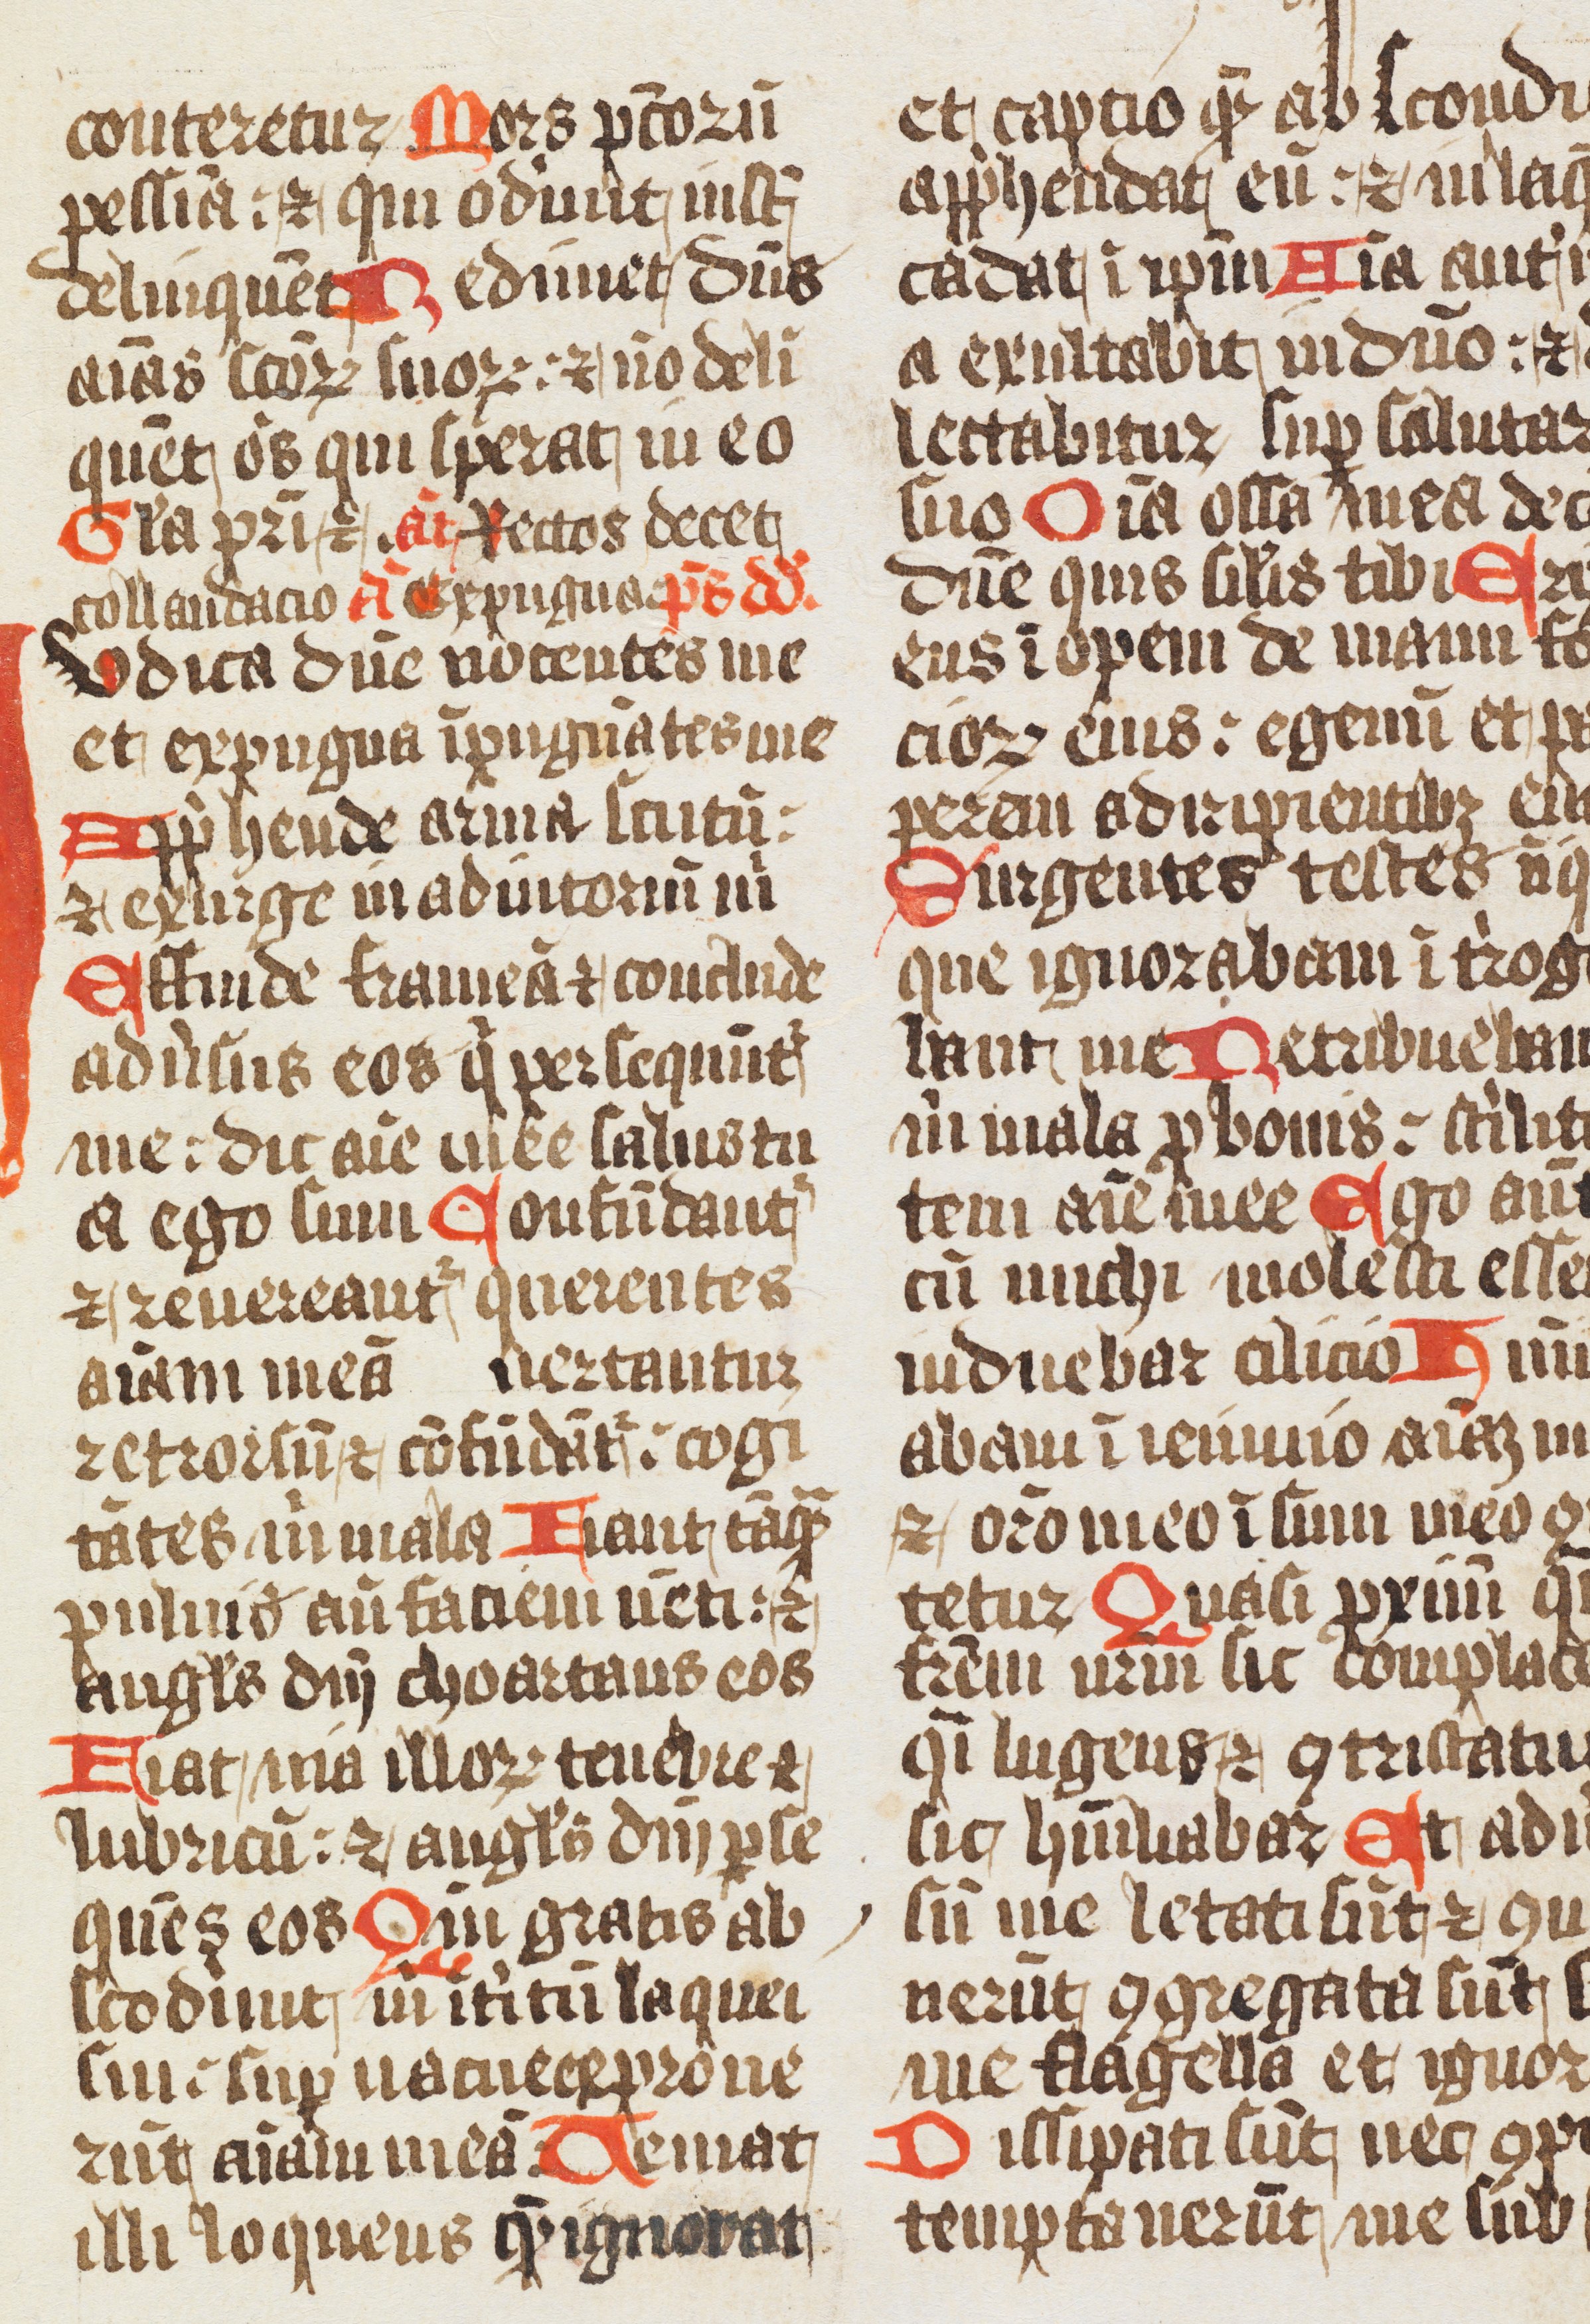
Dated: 1150–1199